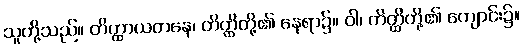
သူတို့သည်။ တိတ္ထာယတနေ၊ တိတ္ထိတို့၏ နေရာ၌။ ဝါ၊ တိတ္ထိတို့၏ ကျောင်း၌။